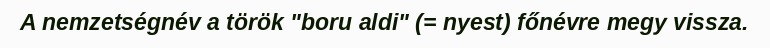
A nemzetségnév a török "boru aldi" (= nyest) főnévre megy vissza.